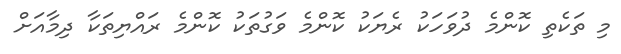
މި ތަކެތި ކޮންމެ ދުވަހަކު ރެޔަކު ކޮންމެ ވަގުތަކު ކޮންމެ ރައްޔިތަކާ ދިމާއަށް